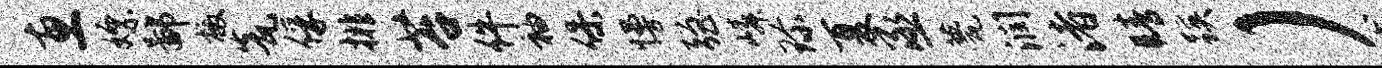
惠嫖鄙檄瓮俘排苔件袖保慢强嶙珍夏丞甍润渚睛蹊）龙